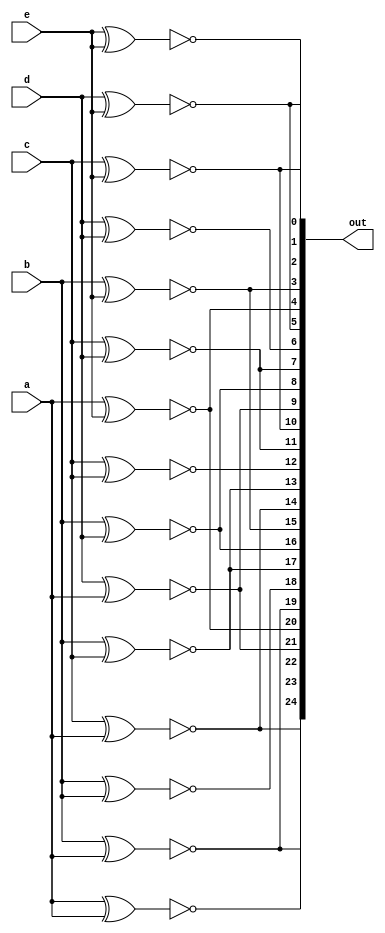
module top_module (
    input a, b, c, d, e,
    output [24:0] out
);

    assign out[24] = ~(a ^ a);   // a == a, so out[24] is always 1.
    assign out[23] = ~(a ^ b);
    assign out[22] = ~(a ^ c);
    assign out[21] = ~(a ^ d);
    assign out[20] = ~(a ^ e);
    
    assign out[19] = ~(b ^ a);
    assign out[18] = ~(b ^ b);
    assign out[17] = ~(b ^ c);
    assign out[16] = ~(b ^ d);
    assign out[15] = ~(b ^ e);
    
    assign out[14] = ~(c ^ a);
    assign out[13] = ~(c ^ b);
    assign out[12] = ~(c ^ c);
    assign out[11] = ~(c ^ d);
    assign out[10] = ~(c ^ e);
    
    assign out[9] = ~(d ^ a);
    assign out[8] = ~(d ^ b);
    assign out[7] = ~(d ^ c);
    assign out[6] = ~(d ^ d);
    assign out[5] = ~(d ^ e);
    
    assign out[4] = ~(e ^ a);
    assign out[3] = ~(e ^ b);
    assign out[2] = ~(e ^ c);
    assign out[1] = ~(e ^ d);
    assign out[0] = ~(e ^ e);

endmodule